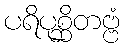
ပရိပုစ္ဆိတဗ္ဗံ